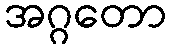
အဂ္ဂတော